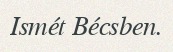
Ismét Bécsben.